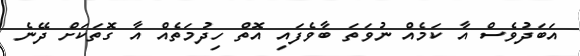
އަބަދުވެސް އާ ކަމެއް ނުވަތަ ބާވެފައި އޮތް ހިދުމަތެއް އާ ގޮތަކަށް ދޭނެ